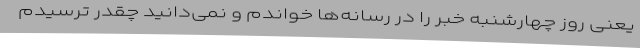
یعنی روز چهارشنبه خبر را در رسانه‌ها خواندم و نمی‌دانید چقدر ترسیدم